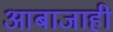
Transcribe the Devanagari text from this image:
आबाजाही